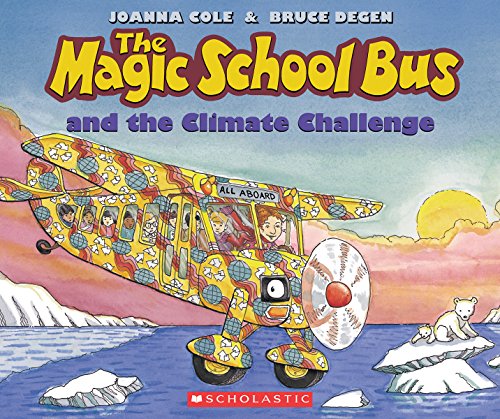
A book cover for The Magic School Bus and the Climate Challenge; Joanna Cole; Children's Books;